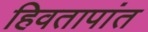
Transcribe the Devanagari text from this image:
हिवतापांत